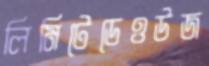
লিমিটেডেওউজ